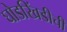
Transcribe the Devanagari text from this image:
घोडखिंडीची